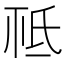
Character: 𣱊